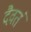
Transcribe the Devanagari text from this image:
दैवतं